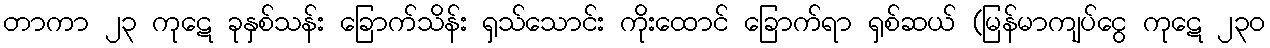
တာကာ ၂၃ ကုဋေ ခုနှစ်သန်း ခြောက်သိန်း ရှသ်သောင်း ကိုးထောင် ခြောက်ရာ ရှစ်ဆယ် (မြန်မာကျပ်ငွေ ကုဋေ ၂၃၀